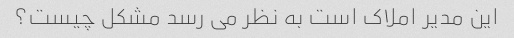
این مدیر املاک است به نظر می رسد مشکل چیست؟